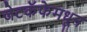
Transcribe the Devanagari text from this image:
जेटकॅफेमधून